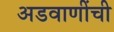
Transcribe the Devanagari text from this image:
अडवाणींची